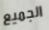
الجميع